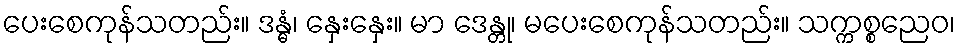
ပေးစေကုန်သတည်း။ ဒန္ဓံ၊ နှေးနှေး။ မာ ဒေန္တု၊ မပေးစေကုန်သတည်း။ သက္ကစ္စညေဝ၊